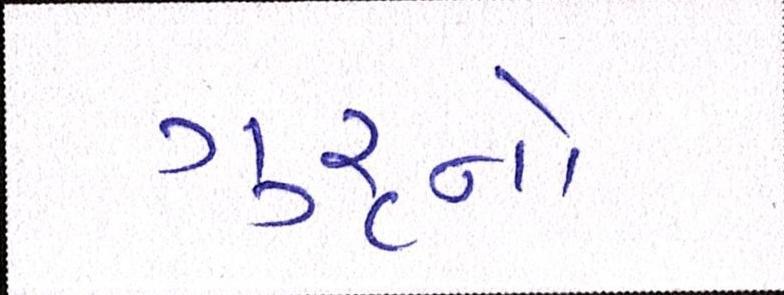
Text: ગુરૃનો